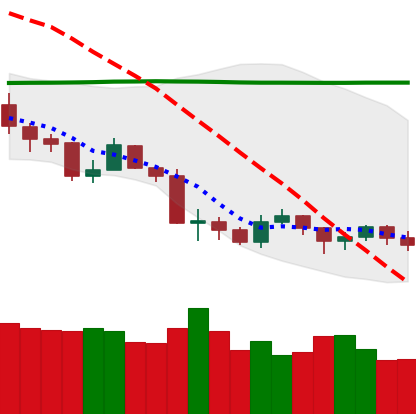
Ticker: LTC-USD
Chart end date: 2019-08-25
Forward return: -11.029%
Label: down_7plus